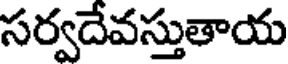
సర్వదేవస్తుతాయ